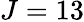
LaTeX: J=13